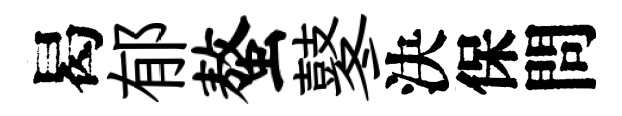
曷郁螯鼕決保問